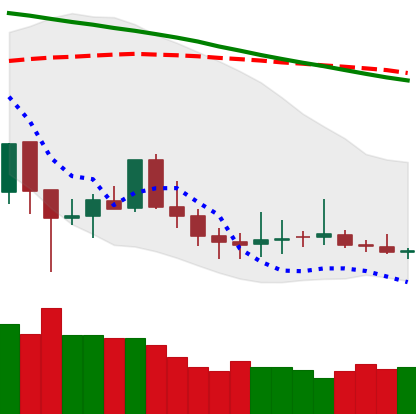
Ticker: DOGE-USD
Chart end date: 2019-12-12
Forward return: -7.77%
Label: down_7plus